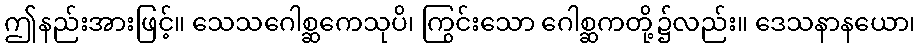
ဤနည်းအားဖြင့်။ သေသဂေါစ္ဆကေသုပိ၊ ကြွင်းသော ဂေါစ္ဆကတို့၌လည်း။ ဒေသနာနယော၊